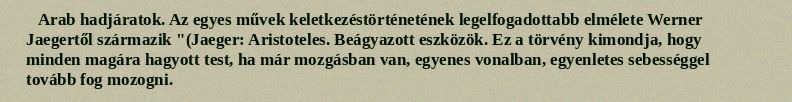
Arab hadjáratok. Az egyes művek keletkezéstörténetének legelfogadottabb elmélete Werner Jaegertől származik "(Jaeger: Aristoteles. Beágyazott eszközök. Ez a törvény kimondja, hogy minden magára hagyott test, ha már mozgásban van, egyenes vonalban, egyenletes sebességgel tovább fog mozogni.